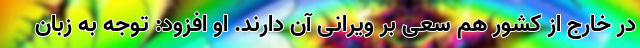
در خارج از کشور هم سعی بر ویرانی آن دارند. او افزود: توجه به زبان